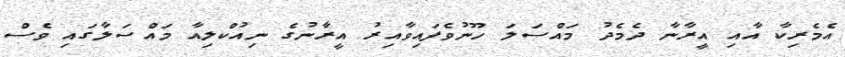
އެމެރިކާ އާއި އީރާނާ ދެމެދު މައްސަލަ ހޫނުވެފައިވާއިރު އީރާނުގެ ނިއުކްލިއާ މައްސަލާގައި ވެސް